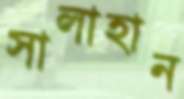
সালাহান